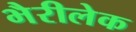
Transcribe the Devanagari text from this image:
भैरीलेक